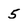
Character: 5